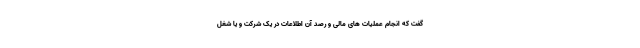
گفت که انجام عملیات های مالی و رصد آن اطلاعات در یک شرکت و یا شغل